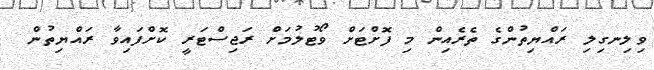
ވިލިނގިލި ރައްޔިތުންގެ ތެރެއިން މި ފޮށްޓަށް ވޯޓުލުމަށް ރަޖިސްޓަރީ ކޮށްފައިވާ ރައްޔިތުން